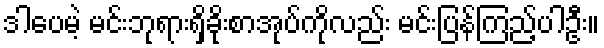
ဒါပေမဲ့ မင်းဘုရားရှိခိုးစာအုပ်ကိုလည်း မင်းပြန်ကြည့်ပါဦး။